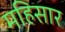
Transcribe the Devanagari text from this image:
महिसार